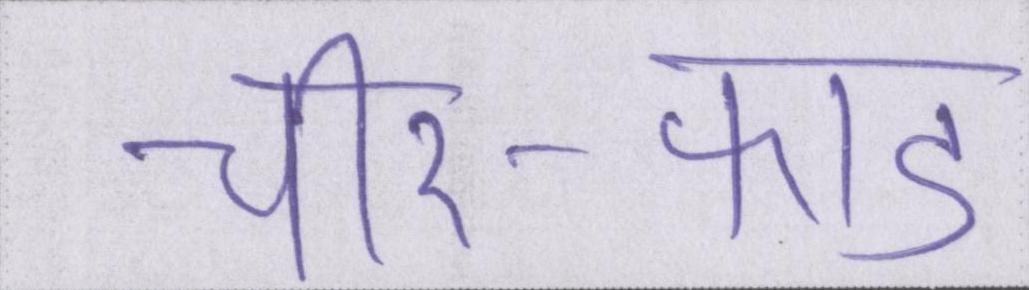
चीर-फाड़